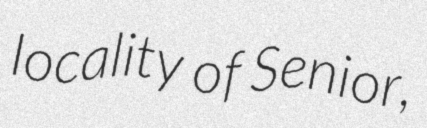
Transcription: locality of Senior,